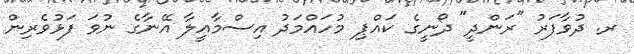
ރ. ދުވާފަރު "ރަންދީ" ދޯނީގެ ކައްޕި މުހައްމަދު އިސްމާއީލާ އޭނާގެ ނުވަ ފަޅުވެރިން